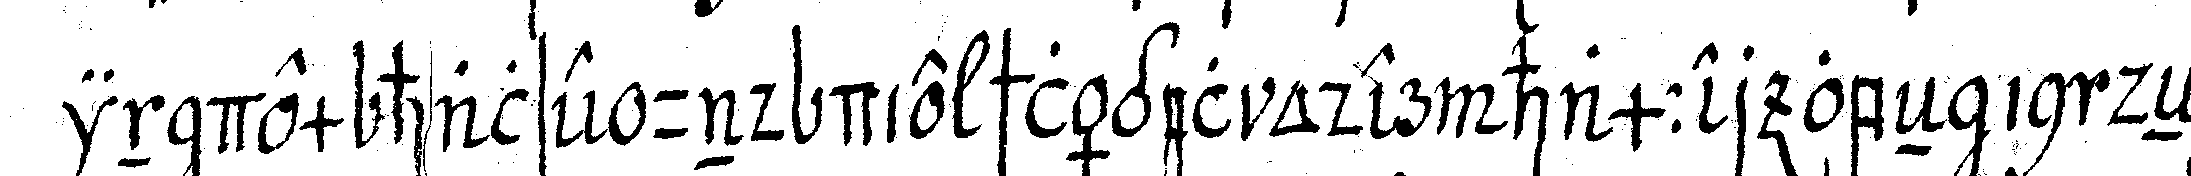
in dem halse und die schlägel oder hammer obeN in deN